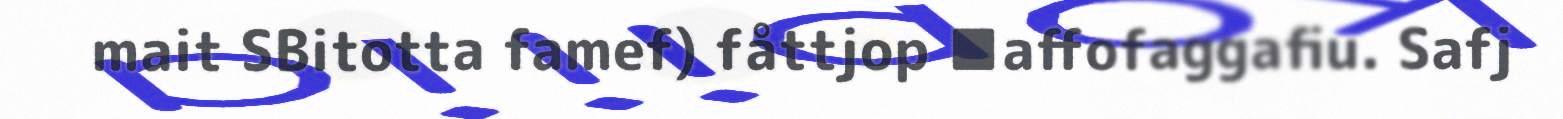
mait SBitotta famef) fåttjop ■affofaggafiu. Safj